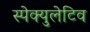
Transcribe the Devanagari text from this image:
स्पेक्युलेटिव